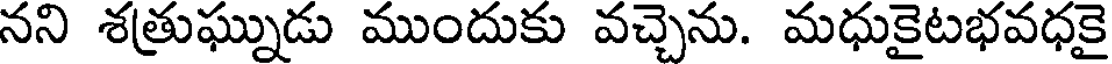
నని శత్రుఘ్నుడు ముందుకు వచ్చెను. మధుకైటభవధకై